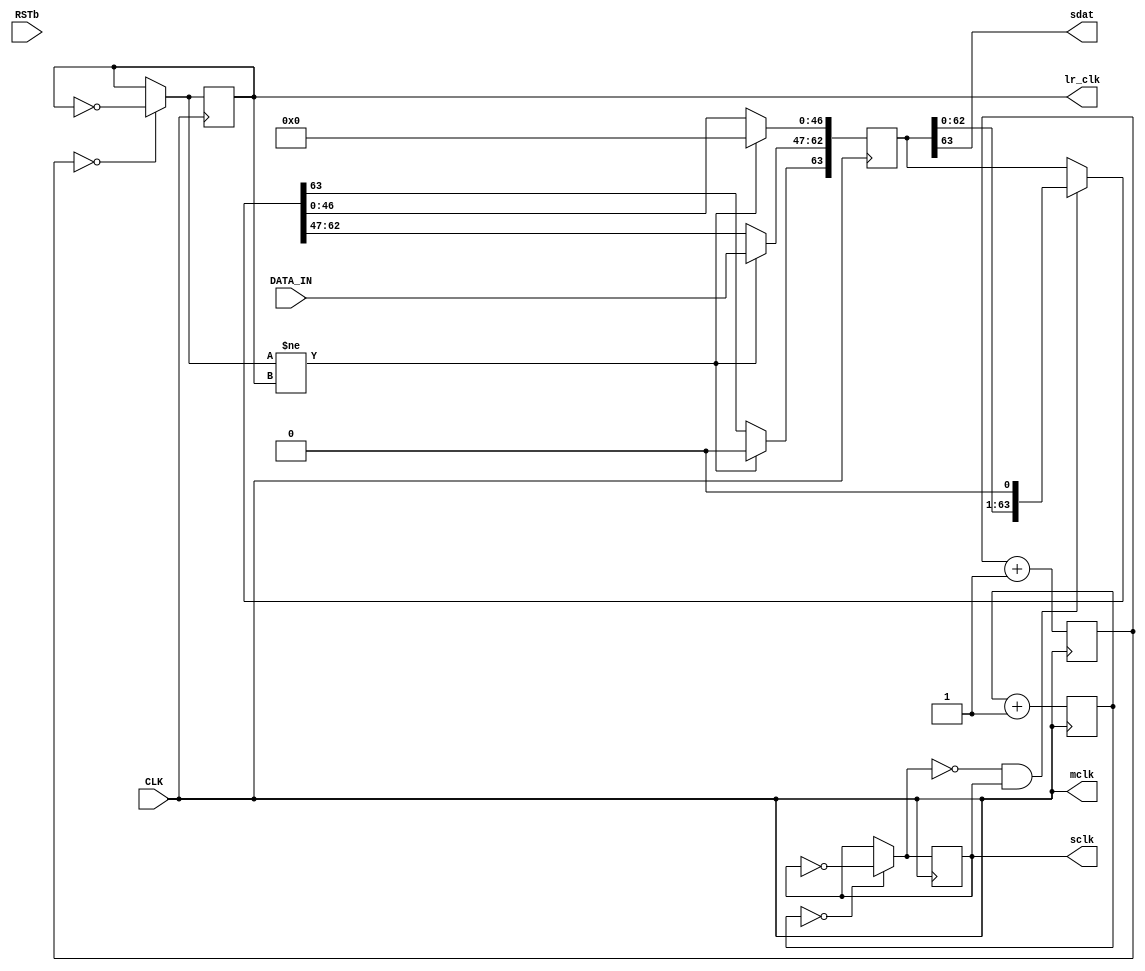
/*
 *	(C) 2022 J. R. Sharp
 *
 *	See LICENSE.txt for software license
 */

module audio
#(parameter BITS = 16, CLK_FREQ = 2500000)
(
	input CLK,	
	input RSTb,

	// Port interface
	input 	[BITS - 1 : 0] DATA_IN,

	// I2S 
	output 	mclk,
	output 	lr_clk,
	output 	sclk,
	output 	sdat	
);

localparam MCLK_FREQ  = CLK_FREQ / 2;
localparam LRCLK_FREQ = MCLK_FREQ / 512;
localparam SCLK_FREQ  = LRCLK_FREQ * 64;


assign mclk = CLK;

reg lr_clk_r = 1'b0;
reg lr_clk_r_next;

assign lr_clk = lr_clk_r;

reg sclk_r = 1'b0;
reg sclk_r_next;

assign sclk = sclk_r;

reg [8:0] lr_clk_count_r = 0; // CLK / 512
reg [2:0] sclk_count_r = 0;   // CLK / 16

reg [63:0] serial_data_r = {64{1'b0}};
reg [63:0] serial_data_r_next;

assign sdat = serial_data_r[63]; // serial data out


always @(posedge CLK)
begin
	lr_clk_count_r 	<= lr_clk_count_r + 1;	
	sclk_count_r 	<= sclk_count_r + 1;
	lr_clk_r 		<= lr_clk_r_next;
	sclk_r 			<= sclk_r_next;
	serial_data_r 	<= serial_data_r_next;
end

always @(*)
begin
	lr_clk_r_next = lr_clk_r;
	sclk_r_next = sclk_r;
	if (lr_clk_count_r == 9'd0)
		lr_clk_r_next = !lr_clk_r;
	if (sclk_count_r == 3'd0)
		sclk_r_next = !sclk_r;
end

always @(*)
begin
	serial_data_r_next = serial_data_r;

	if (lr_clk_r_next != lr_clk_r) begin
		serial_data_r_next = {64{1'b0}};

		if (lr_clk_r == 1'b0) begin // Left channel going to right channel
			serial_data_r_next[62:47] = DATA_IN;
		end else begin
			serial_data_r_next[62:47] = /*16'h0000;*/ DATA_IN;
		end

	end
	else if (sclk_r_next == 1'b0 && sclk_r == 1'b1) begin
		serial_data_r_next = {serial_data_r[62:0],1'b0};
	end

end

endmodule